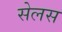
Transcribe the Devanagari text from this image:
सेलस